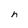
Character: h